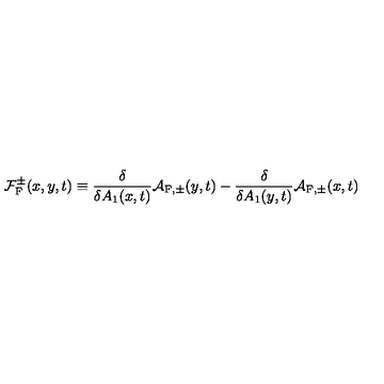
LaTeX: { \cal F } _ { \mathrm { F } } ^ { \pm } ( x , y , t ) \equiv \frac { \delta } { \delta A _ { 1 } ( x , t ) } { \cal A } _ { \mathrm { F } , \pm } ( y , t ) - \frac { \delta } { \delta A _ { 1 } ( y , t ) } { \cal A } _ { \mathrm { F } , \pm } ( x , t )